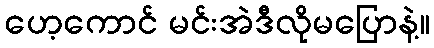
ဟေ့ကောင် မင်းအဲဒီလိုမပြောနဲ့။